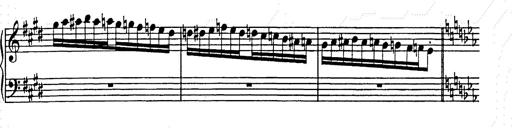
Title: Hungarian Rhapsody No.9
Composer: Franz Liszt
Key: E-flat major